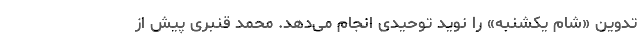
تدوین «شام یکشنبه» را نوید توحیدی انجام می‌دهد. محمد قنبری پیش از